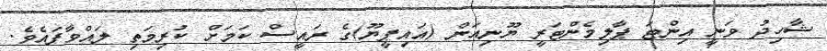
ޝާހިދު ވަނީ އިންޓަ ޕާލިމެންޓަރީ ޔޫނިއަން (އައިޕީޔޫ)ގެ ރައީސް ކަމަށް ކުރިމަތި ލައްވާފައެވެ.